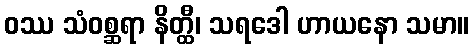
ဝဿ သံဝစ္ဆရာ နိတ္ထီ၊ သရဒေါ ဟာယနော သမာ။